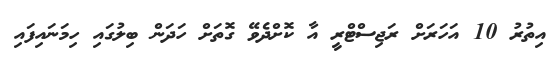
އިތުރު 10 އަހަރަށް ރަޖިސްޓްރީ އާ ކޮށްދެވޭ ގޮތަށް ހަދަން ބިލުގައި ހިމަނައިފައި